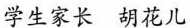
学生家长 胡花儿